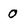
Character: 0